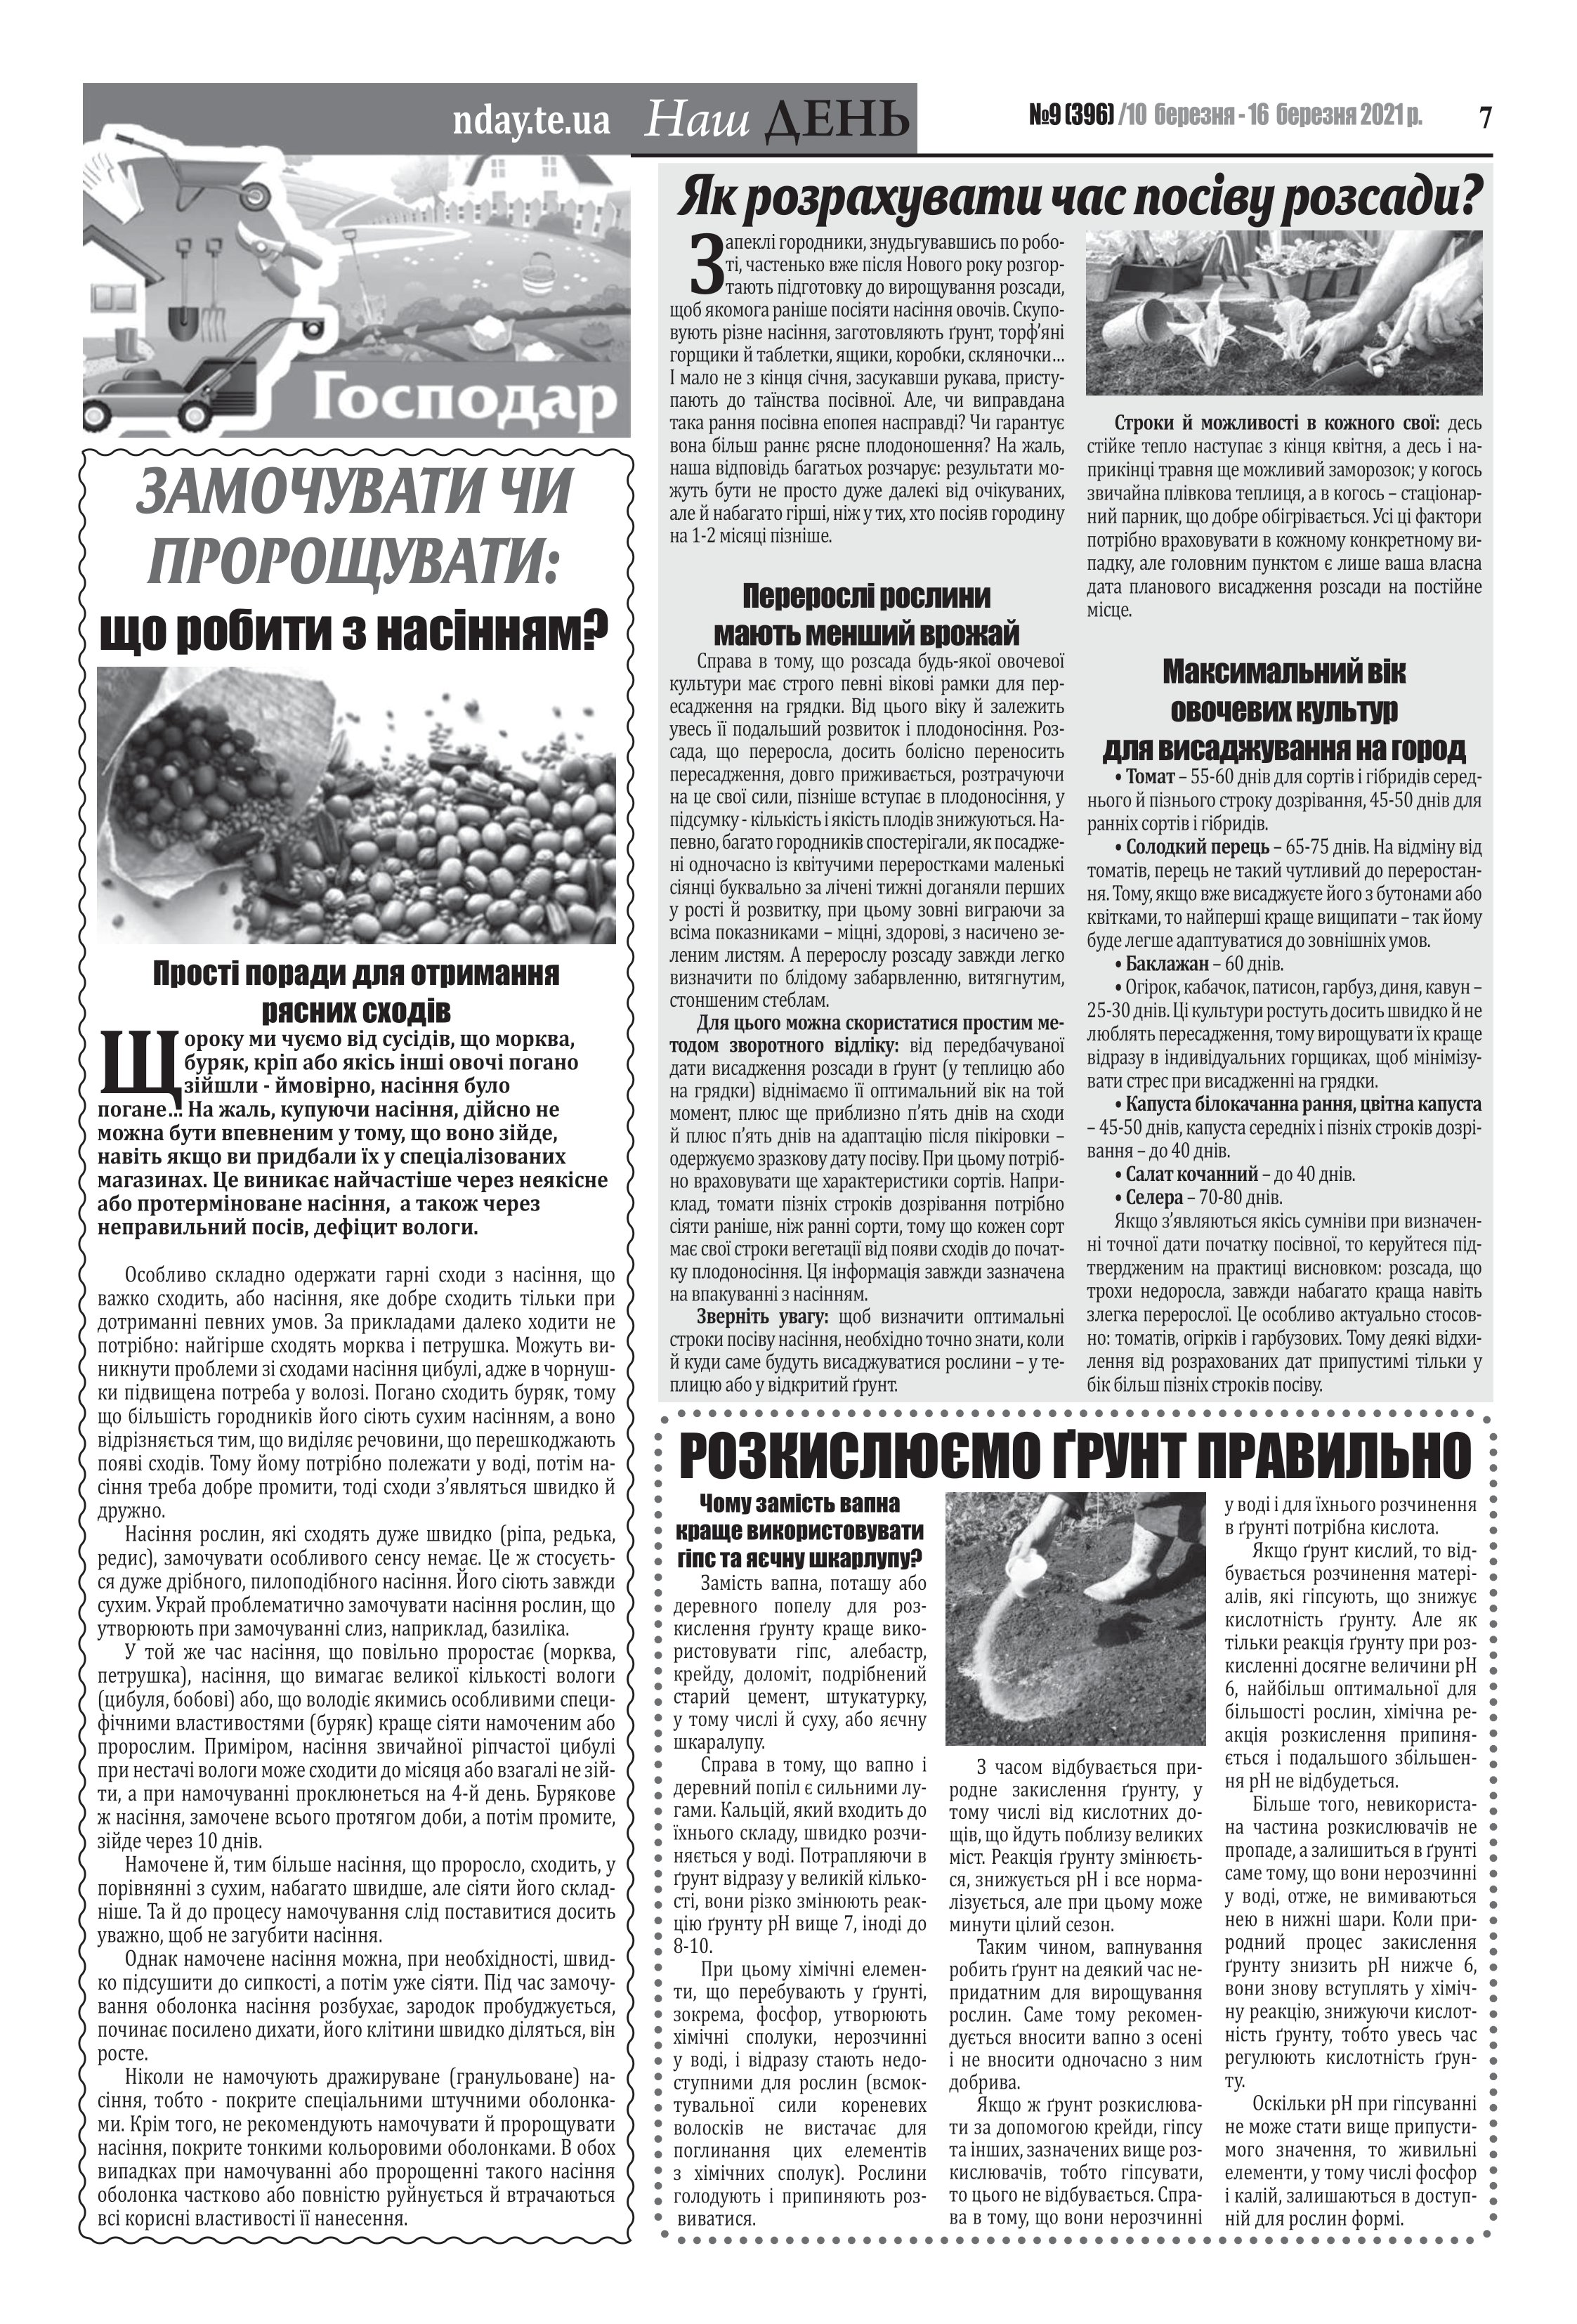
Language: uk